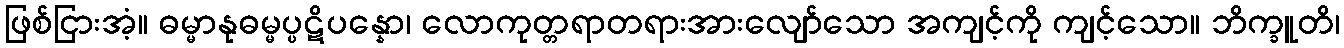
ဖြစ်ငြားအံ့။ ဓမ္မာနုဓမ္မပ္ပဋိပန္နော၊ လောကုတ္တရာတရားအားလျော်သော အကျင့်ကို ကျင့်သော။ ဘိက္ခူတိ၊